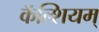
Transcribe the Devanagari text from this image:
कॅल्शियम्